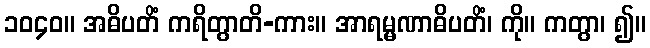
၁၀၄၀။ အဓိပတိံ ကရိတွာတိ-ကား။ အာရမ္မဏာဓိပတိံ၊ ကို။ ကတွာ၊ ၍။